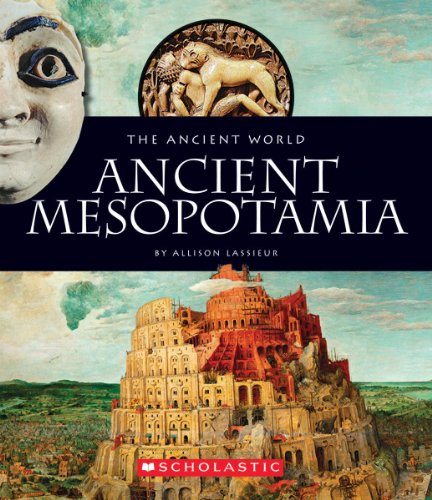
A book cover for Ancient Mesopotamia (The Ancient World); Allison Lassieur; History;